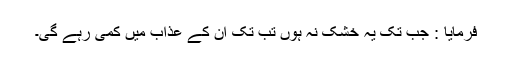
فرمایا : جب تک یہ خشک نہ ہوں تب تک ان کے عذاب میں کمی رہے گی۔